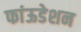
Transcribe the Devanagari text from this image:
फांऊडेशन